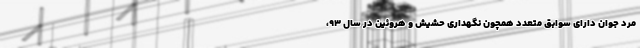
مرد جوان دارای سوابق متعدد همچون نگهداری حشیش و هروئین در سال ۹۳،